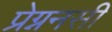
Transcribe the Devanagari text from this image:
प्रेग्ननसी